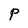
Character: P